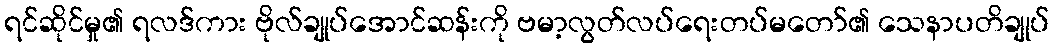
ရင်ဆိုင်မှု၏ ရလဒ်ကား ဗိုလ်ချုပ်အောင်ဆန်းကို ဗမာ့လွတ်လပ်ရေးတပ်မတော်၏ သေနာပတိချုပ်